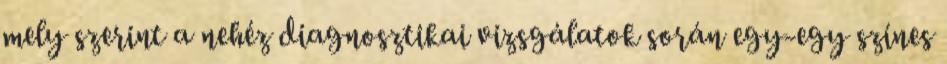
mely szerint a nehéz diagnosztikai vizsgálatok során egy-egy színes